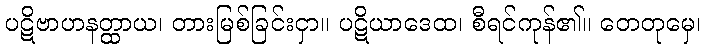
ပဋိဗာဟနတ္ထာယ၊ တားမြစ်ခြင်းငှာ။ ပဋိယာဒေထ၊ စီရင်ကုန်၏။ တေတုမှေ၊